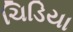
ચિડિયા